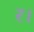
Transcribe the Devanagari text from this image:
र।